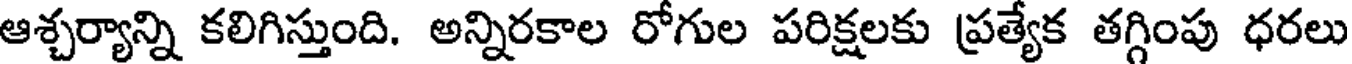
ఆశ్చర్యాన్ని కలిగిస్తుంది. అన్నిరకాల రోగుల పరిక్షలకు ప్రత్యేక తగ్గింపు ధరలు